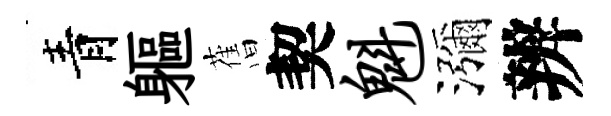
青軀𦾔契魁瀰辨